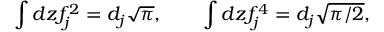
\int d z f _ { j } ^ { 2 } = d _ { j } \sqrt { \pi } , \qquad \int d z f _ { j } ^ { 4 } = d _ { j } \sqrt { \pi / 2 } ,